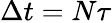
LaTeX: \Delta t=N\tau